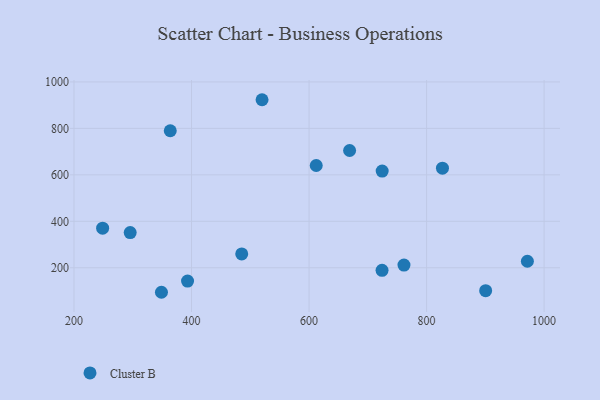
{"axis": {"x": "Distance", "y": "Fuel Efficiency"}, "legend": ["Cluster B"], "data": [{"x": "724.2", "y": 189.1, "type": "Cluster B"}, {"x": "724.4", "y": 616.4, "type": "Cluster B"}, {"x": "485.4", "y": 259.4, "type": "Cluster B"}, {"x": "669.0", "y": 704.8, "type": "Cluster B"}, {"x": "971.5", "y": 228.0, "type": "Cluster B"}, {"x": "248.7", "y": 370.3, "type": "Cluster B"}, {"x": "295.6", "y": 351.4, "type": "Cluster B"}, {"x": "520.0", "y": 923.5, "type": "Cluster B"}, {"x": "348.8", "y": 94.5, "type": "Cluster B"}, {"x": "761.5", "y": 211.4, "type": "Cluster B"}, {"x": "612.2", "y": 640.4, "type": "Cluster B"}, {"x": "363.8", "y": 790.0, "type": "Cluster B"}, {"x": "827.0", "y": 628.8, "type": "Cluster B"}, {"x": "900.5", "y": 101.3, "type": "Cluster B"}, {"x": "393.2", "y": 142.6, "type": "Cluster B"}]}